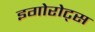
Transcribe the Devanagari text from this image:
इगोरोट्स